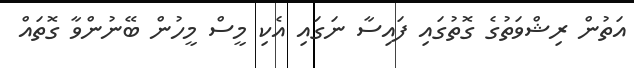
އަތުން ރިޝްވަތުގެ ގޮތުގައި ފައިސާ ނަގައި އެކި މީސް މީހުން ބޭނުންވާ ގޮތައް